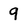
Character: 9